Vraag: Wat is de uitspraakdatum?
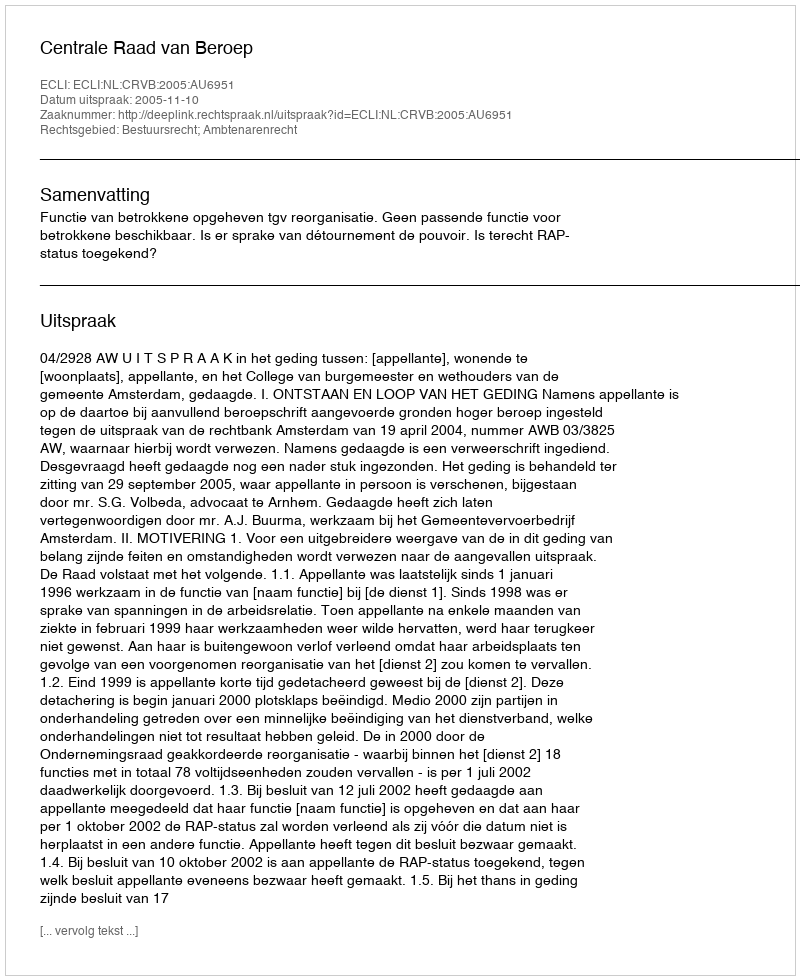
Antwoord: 2005-11-10